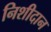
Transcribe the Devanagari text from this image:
निशीदान